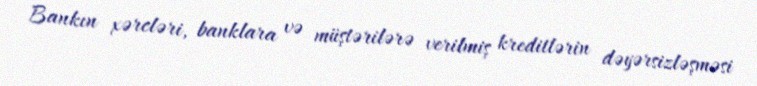
Bankın xərcləri, banklara və müştərilərə verilmiş kreditlərin dəyərsizləşməsi